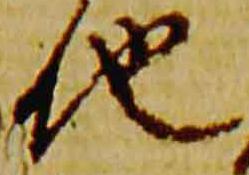
地